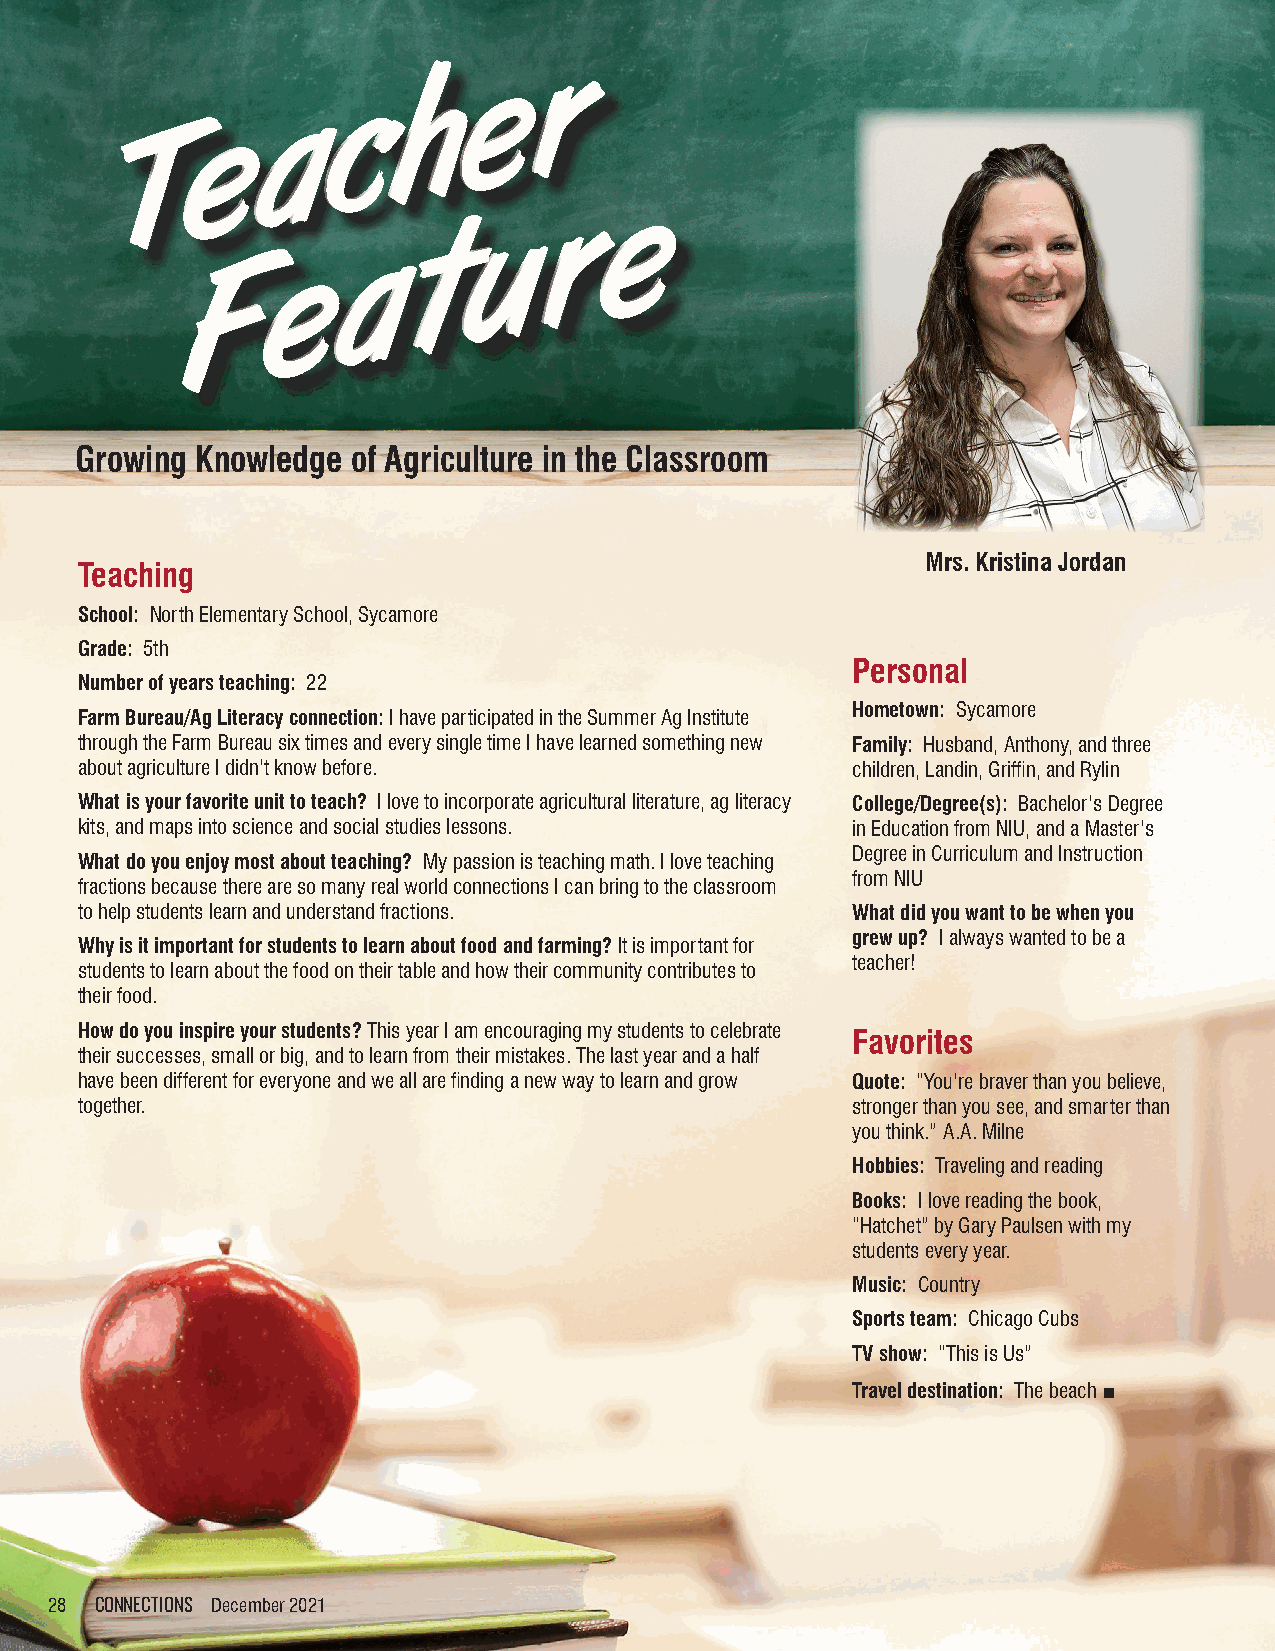
Growing Knowledge of Agriculture in the Classroom
 Mrs. Kristina Jordan
 Teaching
 School: North Elementary School, Sycamore
 Grade: 5th
 Personal
 Number of years teaching: 22
 Hometown: Sycamore
 Farm Bureau/Ag Literacy connection: I have participated in the Summer Ag Institute
 through the Farm Bureau six times and every single time I have learned something new Family: Husband, Anthony, and three
 about agriculture I didn’t know before.            children, Landin, Griffin, and Rylin
 What is your favorite unit to teach? I love to incorporate agricultural literature, ag literacy College/Degree(s): Bachelor’s Degree
 kits, and maps into science and social studies lessons. in Education from NIU, and a Master’s
 Degree in Curriculum and Instruction
 What do you enjoy most about teaching? My passion is teaching math. I love teaching
 from NIU
 fractions because there are so many real world connections I can bring to the classroom
 to help students learn and understand fractions.   What did you want to be when you
 grew up? I always wanted to be a
 Why is it important for students to learn about food and farming? It is important for
 teacher!
 students to learn about the food on their table and how their community contributes to
 their food.
 How do you inspire your students? This year I am encouraging my students to celebrate
 Favorites
 their successes, small or big, and to learn from their mistakes. The last year and a half
 have been different for everyone and we all are finding a new way to learn and grow Quote: “You’re braver than you believe,
 together.                                          stronger than you see, and smarter than
 you think.” A.A. Milne
 Hobbies: Traveling and reading
 Books: I love reading the book,
 “Hatchet” by Gary Paulsen with my
 students every year.
 Music: Country
 Sports team: Chicago Cubs
 TV show: “This is Us”
 Travel destination: The beach ■
 2288 CCOONNNNEECCTTIIOONNSS DDeecceemmbbeerr 22002211